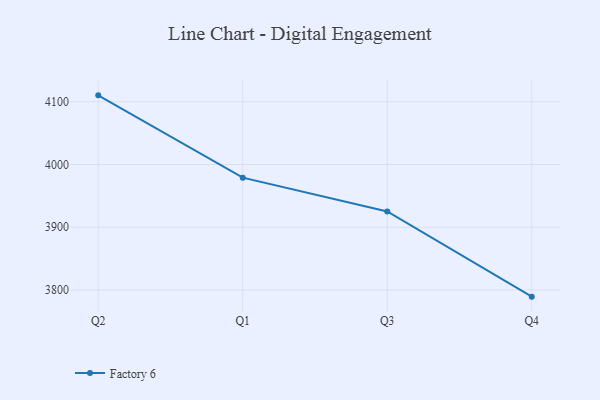
{"axis": {"x": "Quarter", "y": "Satisfaction Score"}, "legend": ["Factory 6"], "data": [{"x": "Q2", "y": 4110.2, "type": "Factory 6"}, {"x": "Q1", "y": 3979.0, "type": "Factory 6"}, {"x": "Q3", "y": 3925.2, "type": "Factory 6"}, {"x": "Q4", "y": 3789.4, "type": "Factory 6"}]}